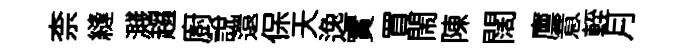
柰縫濺趨廚説還保天逸實買閙陳闊廪意輊月